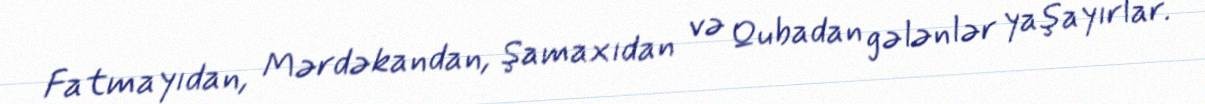
Fatmayıdan, Mərdəkandan, Şamaxıdan və Qubadan gələnlər yaşayırlar.